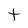
Character: t